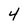
Character: 4